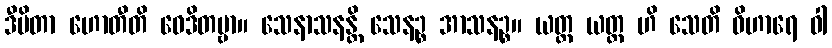
ဒီပိတာ ဟောတီတိ ဝေဒိတဗ္ဗာ။ သေနာသနန္တိ သေနဉ္စ အာသနဉ္စ။ ယတ္ထ ယတ္ထ ဟိ သေတိ ဝိဟာရေ ဝါ